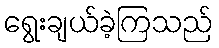
ရွေးချယ်ခဲ့ကြသည်